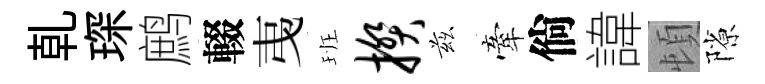
乹琛鹧輟𢎯班揆兹牽倘諱頓隙